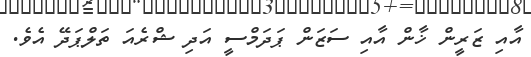
އާއި ޒަރީން ޚާން އާއި ސަޒަން ޕަދަމްސީ އަދި ޝްރެއަ ތަލްޕަދޭ އެވެ.